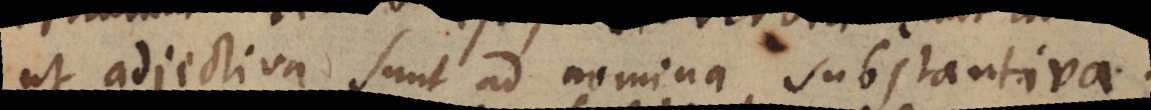
ut adjectiva sunt ad nomina substantiva.